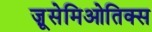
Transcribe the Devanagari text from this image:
ज़ूसेमिओतिक्स